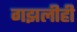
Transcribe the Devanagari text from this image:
गझलीही